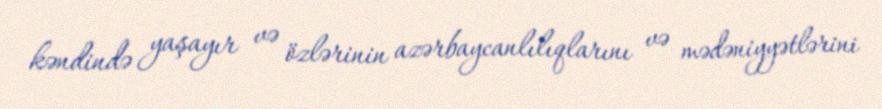
kəndində yaşayır və özlərinin azərbaycanlılıqlarını və mədəniyyətlərini